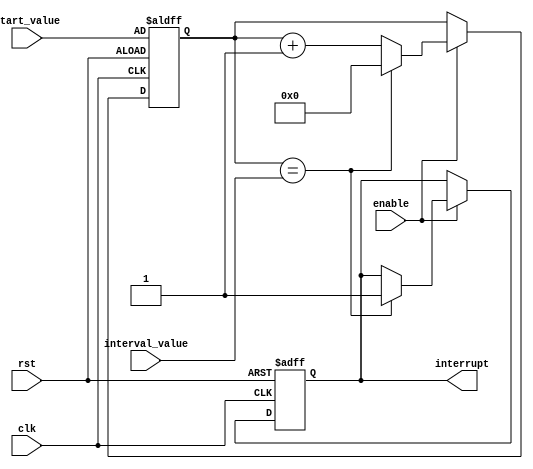
module Interval_Timer (
    input wire clk,
    input wire rst,
    input wire enable,
    input wire [31:0] start_value,
    input wire [31:0] interval_value,
    output reg interrupt
);

reg [31:0] count;

always @ (posedge clk or posedge rst) begin
    if (rst) begin
        count <= start_value;
        interrupt <= 0;
    end else if (enable) begin
        if (count == interval_value) begin
            interrupt <= 1;
            count <= 0;
        end else begin
            count <= count + 1;
        end
    end
end

endmodule